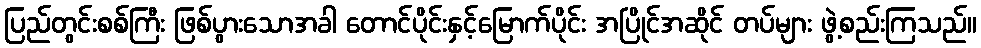
ပြည်တွင်းစစ်ကြီး ဖြစ်ပွားသောအခါ တောင်ပိုင်းနှင့်မြောက်ပိုင်း အပြိုင်အဆိုင် တပ်များ ဖွဲ့စည်းကြသည်။